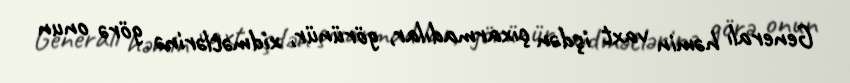
Generalı həmin vaxt işdən çıxarmadılar, görünür, xidmətlərinə görə onun